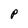
Character: p